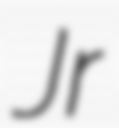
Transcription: Jr